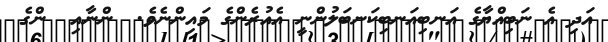
އަދި އެ ނަބިއްޔާގެ އަނބިއަނބިކަނބަލުންނީ އެއުރެންގެ މައިންނެވެ.  ންނާއި  ންގެ